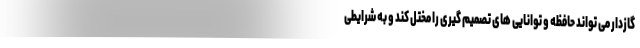
گازدار می تواند حافظه و توانایی های تصمیم گیری را مختل کند و به شرایطی